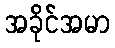
အခိုင်အမာ